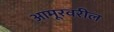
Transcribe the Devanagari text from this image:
आमूरवरील